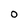
Character: O